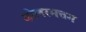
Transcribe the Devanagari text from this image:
शोलरमत्तम